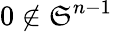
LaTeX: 0\notin\mathfrak{S}^{n-1}